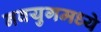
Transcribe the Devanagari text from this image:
नवयुगमध्ये